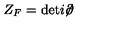
Z _ { F } = \mathrm { d e t } i \! \! \not \! \partial